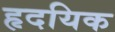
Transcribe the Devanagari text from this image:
हृदयिक